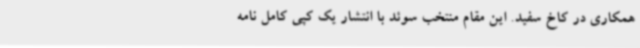
همکاری در کاخ سفید. این مقام منتخب سوئد با انتشار یک کپی کامل نامه